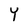
Character: Y